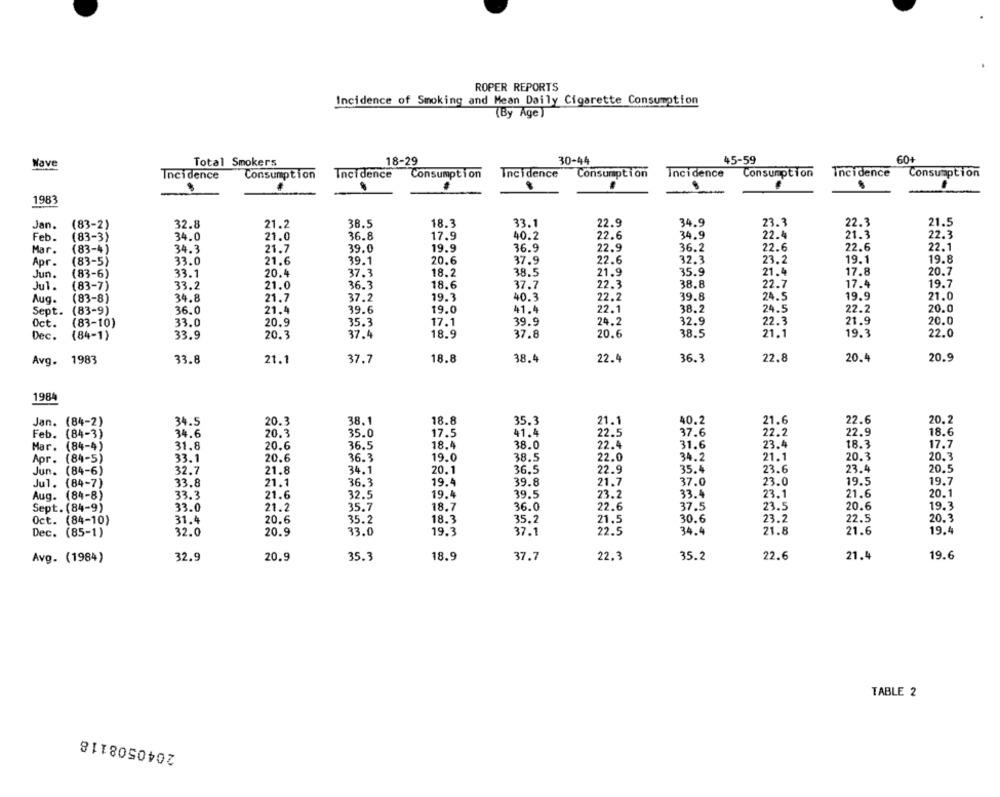
ROPER REPORTS
Incidence of Smoking and Mean Daily Cigarette Consumption
(By Age)
18-29
30-44
45-59
60+
Wave
Total Smokers
Incidence
Consumption
Incidence
Consumption
Incidence
Consumption
Incidence
Consumption
Incidence
Consumption
1983
(83-2)
38.5
18.3
33.1
22.9
34.9
23.3
22.3
21.5
Jan.
32.8
21.2
Feb.
(83-3)
34.0
21.0
36.8
17.9
40.2
22.6
34.9
22.4
21.3
22.3
19.9
36.9
22.9
36.2
22.6
22.6
22.1
Mar.
(83-4)
34.3
21.7
39.0
Apr .
(83-5)
33.0
21.6
39.1
20.6
37.9
22.6
32.3
23.2
19.1
19.8
38.5
21.9
35.9
21.4
17.8
20.7
Jun.
(83-6)
33.1
20.4
37.3
18.2
Jul.
(83-7)
33.2
21.0
36.3
18.6
37.7
22.3
38.8
22.7
17.4
19.7
22.2
39.8
24.5
19.9
21.0
Aug.
(83-8)
34.8
21.7
37.2
19.3
40.3
Sept.
(83-9)
36.0
21,4
39.6
19.0
41.4
22.1
38.2
24.5
22.2
20.0
32.9
20.0
Oct.
(83-10)
33.0
20.9
35.3
17.1
39.9
24.2
22.3
21.9
33.9
20.3
37.4
18.9
37.8
20.6
38.5
21.1
19.3
22.0
Dec.
(84-1)
1983
33.8
21.1
37.7
18.8
38.4
22.4
36.3
22.8
20.4
20.9
Avg.
1984
Jan. (84-2)
34.5
20.3
38.1
18.8
35.3
21.1
40.2
21.6
22.6
20.2
Feb. (84-3)
34.6
20.3
35.0
17.5
41.4
22.5
37.6
22.9
18.6
Mar. (84-4)
31.8
20.6
36.5
18.4
38.0
22.4
31.6
23.4
18.3
17.7
Apr. (84-5)
33.1
20.6
36.3
19.0
38.5
22.0
34.2
21.1
20.3
20.3
32.7
21.8
34.1
20.1
36.5
22.9
35.4
23.6
23.4
20.5
Jun. (84-6)
Jul. (84-7)
33.8
21.1
36.3
19.4
39.8
21.7
37.0
23.0
19.5
19.7
Aug. (84-8)
33.3
21.6
32.5
19.4
39.5
23.2
33.4
23.1
21.6
20.1
Sept. (84-9)
33.0
21.2
35.7
18.7
36.0
22.6
37.5
23.5
20.6
19.3
20.6
35.2
18.3
35.2
30.6
23.2
20.3
Oct. (84-10)
31.4
21.5
22.5
Dec. (85-1)
32.0
20.9
33.0
19.3
37.1
22.5
34.4
21.8
21.6
19.4
Avg. (1984)
32.9
20.9
35.3
18.9
37.7
22.3
35.2
22.6
21.4
19.6
TABLE 2
2040508118